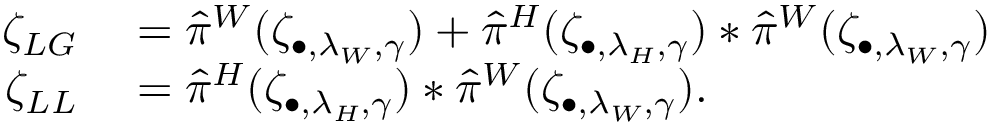
\begin{array} { r l } { \zeta _ { L G } } & { { } = \hat { \pi } ^ { W } ( \zeta _ { \bullet , \lambda _ { W } , \gamma } ) + \hat { \pi } ^ { H } ( \zeta _ { \bullet , \lambda _ { H } , \gamma } ) * \hat { \pi } ^ { W } ( \zeta _ { \bullet , \lambda _ { W } , \gamma } ) } \\ { \zeta _ { L L } } & { { } = \hat { \pi } ^ { H } ( \zeta _ { \bullet , \lambda _ { H } , \gamma } ) * \hat { \pi } ^ { W } ( \zeta _ { \bullet , \lambda _ { W } , \gamma } ) . } \end{array}